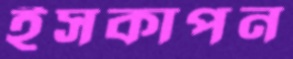
ইসকাপন